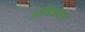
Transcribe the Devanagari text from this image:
अविअटर